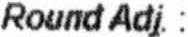
ROUND ADJ. :